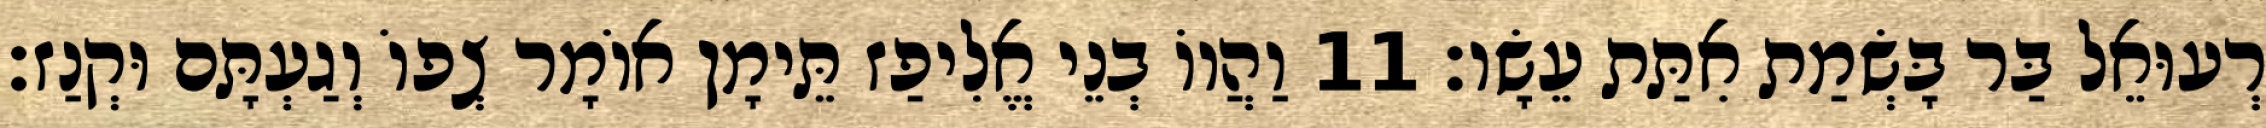
רְעוּאֵל בַּר בָּשְׂמַת אִתַּת עֵשָׂו׃ 11 וַהֲווֹ בְנֵי אֱלִיפַז תֵּימָן אוֹמָר צְפוֹ וְגַעְתָּם וּקְנַז׃